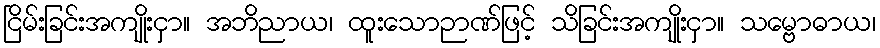
ငြိမ်းခြင်းအကျိုးငှာ။ အဘိညာယ၊ ထူးသောဉာဏ်ဖြင့် သိခြင်းအကျိုးငှာ။ သမ္ဗောဓာယ၊